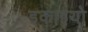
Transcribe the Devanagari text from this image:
इकाइयो